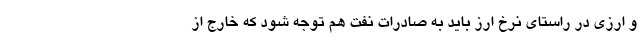
و ارزی در راستای نرخ ارز باید به صادرات نفت هم توجه شود که خارج از